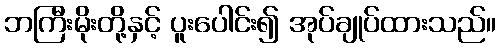
ဘကြီးမိုးတို့နှင့် ပူးပေါင်း၍ အုပ်ချုပ်ထားသည်။